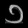
Digit: ၁